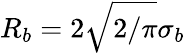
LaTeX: R_{b}=2\sqrt{2/\pi}\sigma_{b}